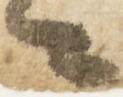
々